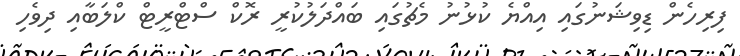
ފިރިހެން ޑިވިޝަނުގައި އިއްޔެ ކުޅުނު މެޗުގައި ބައްދަލުކުރީ ރޮކް ސްޓްރީޓް ކްލަބާއި ދިވެހި